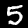
Digit: 5